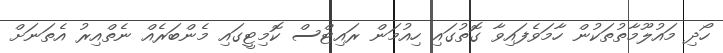
ހޯދި މައުލޫމާތުތަކުން ހާމަވެފައިވާ ގޮތުގައި ހިއުމަން ރައިޓްސް ކޮމިޓީގައި މެންބަރެއް ނެތްއިރު އެތަނަށް